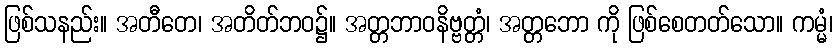
ဖြစ်သနည်း။ အတီတေ၊ အတိတ်ဘဝ၌။ အတ္တဘာဝနိဗ္ဗတ္တံ၊ အတ္တဘော ကို ဖြစ်စေတတ်သော။ ကမ္မံ၊